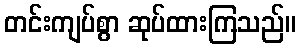
တင်းကျပ်စွာ ဆုပ်ထားကြသည်။